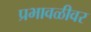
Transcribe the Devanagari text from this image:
प्रभावळीवर